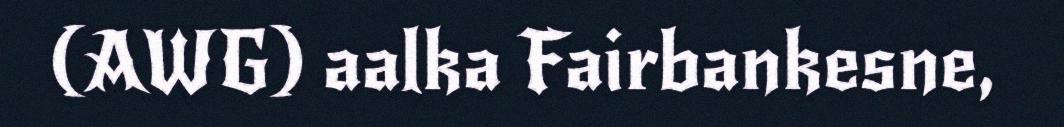
(AWG) aalka Fairbankesne,